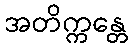
အတိက္ကန္တေ